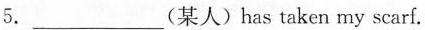
5.___(某人)has taken my scarf.